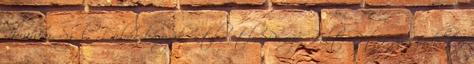
Ibrahim, Szőlő, Orbán-bányák, stb, stb. Persze, Polt Péter visszadobta